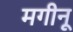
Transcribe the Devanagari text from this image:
मगीनू